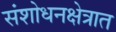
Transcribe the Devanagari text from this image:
संशोधनक्षेत्रात